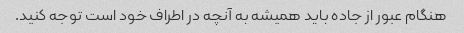
هنگام عبور از جاده باید همیشه به آنچه در اطراف خود است توجه کنید.